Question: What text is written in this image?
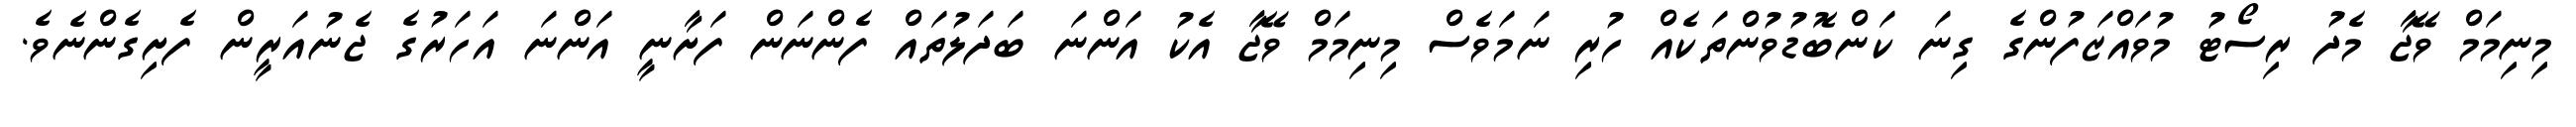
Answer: މިނިމަމް ވޭޖާ މެދު ރިސޯޓު މުވައްޒަފުންގެ ގިނަ ކަންބޮޑުވުންތަކެއް ހުރި ނަމަވެސް މިނިމަމް ވޭޖާ އެކު އަންނަ ބަދަލުތައް ފެންނަން ފަށާނީ އަންނަ އަހަރުގެ ޖެނުއަރީން ފެށިގެންނެވެ.